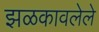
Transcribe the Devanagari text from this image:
झळकावलेले